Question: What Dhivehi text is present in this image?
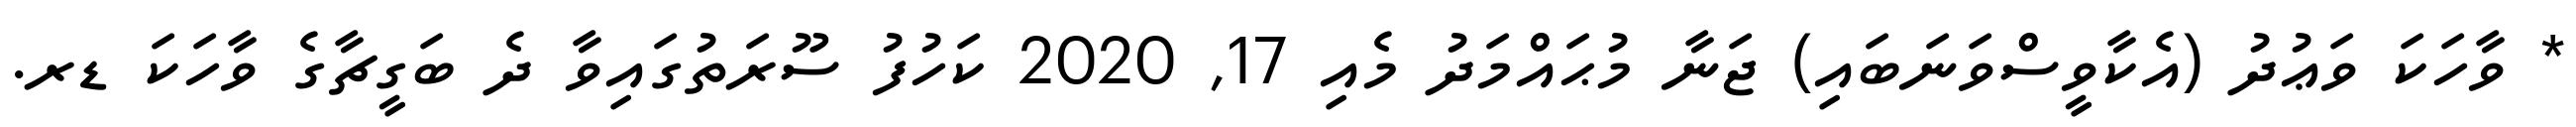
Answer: * ވާހަކަ ވަޢުދު (އެކާވީސްވަނަބައި) ޖަނާ މުޙައްމަދު މެއި 17, 2020 ކަހުފު ސޫރަތުގައިވާ ދެ ބަގީޗާގެ ވާހަކަ ޑރ.